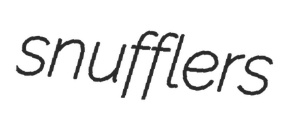
snufflers